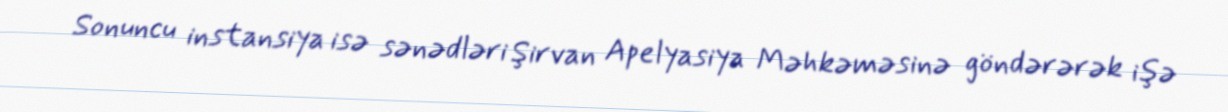
Sonuncu instansiya isə sənədləri Şirvan Apelyasiya Məhkəməsinə göndərərək işə